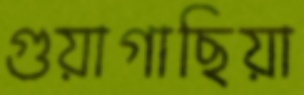
গুয়াগাছিয়া